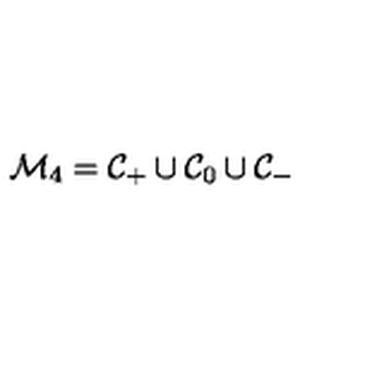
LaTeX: { \cal M } _ { 4 } = { \cal C } _ { + } \cup { \cal C } _ { 0 } \cup { \cal C } _ { - }